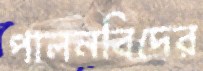
পালনবিদের